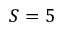
S = 5